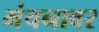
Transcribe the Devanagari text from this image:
मंचनावर